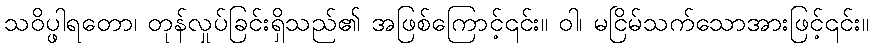
သဝိပ္ဖါရတော၊ တုန်လှုပ်ခြင်းရှိသည်၏ အဖြစ်ကြောင့်၎င်း။ ဝါ၊ မငြိမ်သက်သောအားဖြင့်၎င်း။